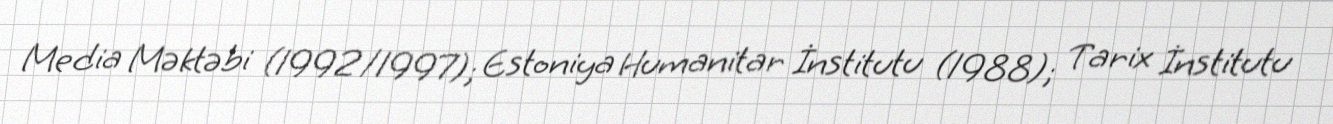
Media Məktəbi (1992/1997); Estoniya Humanitar İnstitutu (1988); Tarix İnstitutu